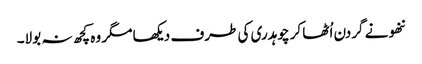
ننھو نے گردن اُٹھا کر چوہدری کی طرف دیکھا مگر وہ کچھ نہ بولا۔